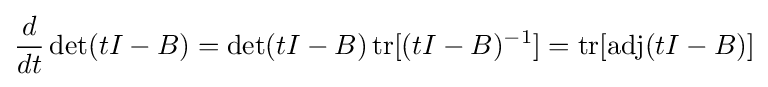
{\frac {d}{dt}}\det(tI-B)=\det(tI-B)\operatorname {tr} [(tI-B)^{-1}]=\operatorname {tr} [\operatorname {adj} (tI-B)]